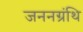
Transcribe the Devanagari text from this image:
जननग्रंथि